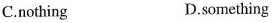
C.nothing D.something